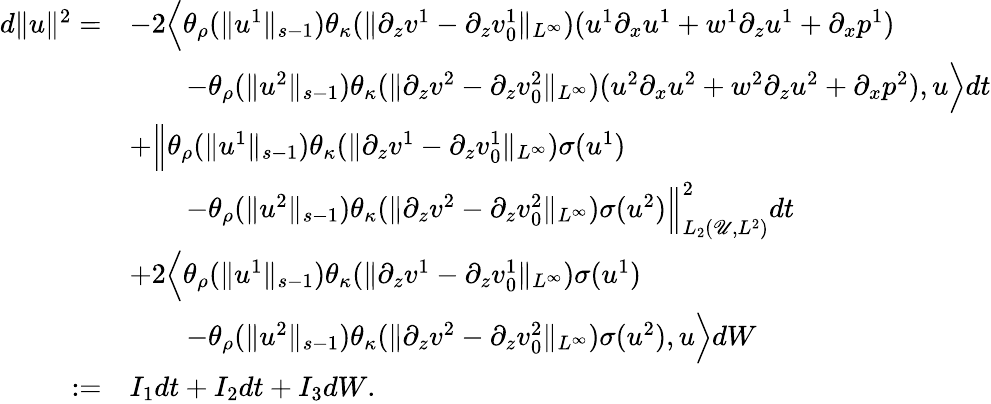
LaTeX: \begin{array}{rl}{d\| u\| ^{2}=}&{-2\Big\langle\theta_{\rho}(\| u^{1}\| _{s-1})\theta_{\kappa}(\| \partial_{z}v^{1}-\partial_{z}v_{0}^{1}\| _{L^{\infty}})(u^{1}\partial_{x}u^{1}+w^{1}\partial_{z}u^{1}+\partial_{x}p^{1})}\\ &{\qquad-\theta_{\rho}(\| u^{2}\| _{s-1})\theta_{\kappa}(\| \partial_{z}v^{2}-\partial_{z}v_{0}^{2}\| _{L^{\infty}})(u^{2}\partial_{x}u^{2}+w^{2}\partial_{z}u^{2}+\partial_{x}p^{2}),u\Big\rangle dt}\\ &{+\Big\| \theta_{\rho}(\| u^{1}\| _{s-1})\theta_{\kappa}(\| \partial_{z}v^{1}-\partial_{z}v_{0}^{1}\| _{L^{\infty}})\sigma(u^{1})}\\ &{\qquad-\theta_{\rho}(\| u^{2}\| _{s-1})\theta_{\kappa}(\| \partial_{z}v^{2}-\partial_{z}v_{0}^{2}\| _{L^{\infty}})\sigma(u^{2})\Big\| _{L_{2}(\mathscr U,L^{2})}^{2}dt}\\ &{+2\Big\langle\theta_{\rho}(\| u^{1}\| _{s-1})\theta_{\kappa}(\| \partial_{z}v^{1}-\partial_{z}v_{0}^{1}\| _{L^{\infty}})\sigma(u^{1})}\\ &{\qquad-\theta_{\rho}(\| u^{2}\| _{s-1})\theta_{\kappa}(\| \partial_{z}v^{2}-\partial_{z}v_{0}^{2}\| _{L^{\infty}})\sigma(u^{2}),u\Big\rangle dW}\\ {:=}&{I_{1}dt+I_{2}dt+I_{3}dW.}\end{array}